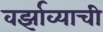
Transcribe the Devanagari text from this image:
वर्झाव्याची